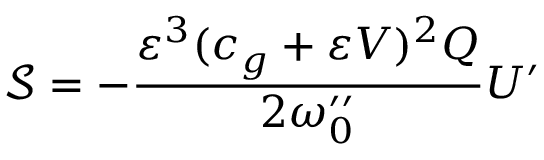
\mathscr { S } = - \frac { \varepsilon ^ { 3 } ( c _ { g } + \varepsilon V ) ^ { 2 } Q } { 2 \omega _ { 0 } ^ { \prime \prime } } U ^ { \prime }